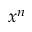
x ^ { n }